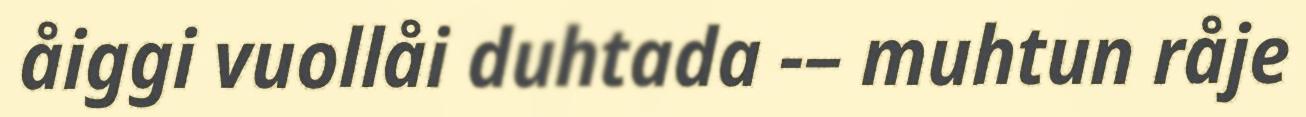
åiggi vuollåi duhtada -– muhtun råje